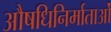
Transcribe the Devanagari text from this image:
औषधिनिर्माताओं